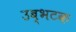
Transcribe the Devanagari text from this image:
उब्भटक